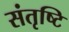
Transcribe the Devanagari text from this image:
संतृष्टि